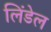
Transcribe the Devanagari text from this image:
लिंडेल